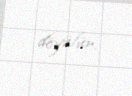
döyülür.